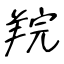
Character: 羦